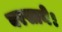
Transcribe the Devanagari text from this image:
बरसाये।